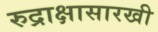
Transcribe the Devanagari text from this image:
रुद्राक्षासारखी